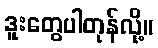
ဒူးတွေပါတုန်လို့။